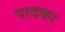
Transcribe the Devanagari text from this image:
पादका